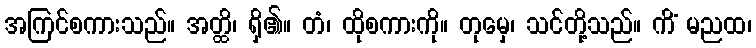
အကြင်စကားသည်။ အတ္ထိ၊ ရှိ၏။ တံ၊ ထိုစကားကို။ တုမှေ၊ သင်တို့သည်။ ကိံ မညထ၊